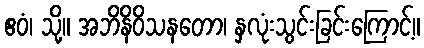
ဧဝံ၊ သို့။ အဘိနိဝိသနတော၊ နှလုံးသွင်းခြင်းကြောင့်။